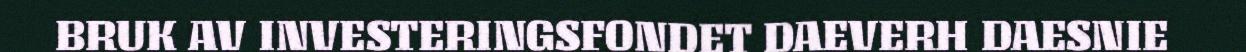
BRUK AV INVESTERINGSFONDET DAEVERH DAESNIE